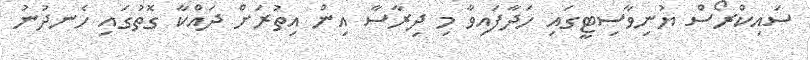
ސައިކްރޯސް ޔުނިވާސިޓީގައި ހަދާފައިވާ މި ދިރާސާ އިން އިތުރަށް ދައްކާ ގޮތުގައި ހެނދުނު